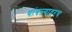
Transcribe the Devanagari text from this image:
थांबल्यावरच